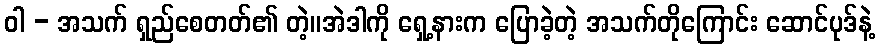
ဝါ - အသက် ရှည်စေတတ်၏ တဲ့။အဲဒါကို ရှေ့နားက ပြောခဲ့တဲ့ အသက်တိုကြောင်း ဆောင်ပုဒ်နဲ့